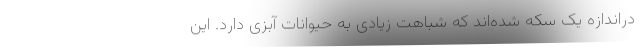
در‌اندازه یک سکه شده‌اند که شباهت زیادی به حیوانات آبزی دارد. این